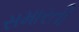
સમારતી